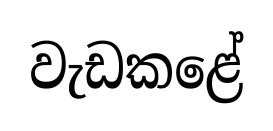
වැඩකළේ